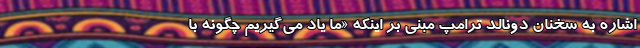
اشاره به سخنان دونالد ترامپ مبنی بر اینکه «ما یاد می‌گیریم چگونه با